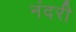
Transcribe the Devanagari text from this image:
नंदरी